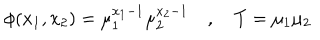
LaTeX: \phi ( x _ { 1 } , x _ { 2 } ) = \mu _ { 1 } ^ { x _ { 1 } - 1 } \mu _ { 2 } ^ { x _ { 2 } - 1 } \quad , \quad T = \mu _ { 1 } \mu _ { 2 }